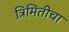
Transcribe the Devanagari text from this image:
त्रिमितीचा